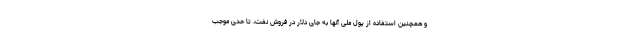
و همچنین استفاده از پول ملی آنها به جای دلار در فروش نفت، تا حدی موجب